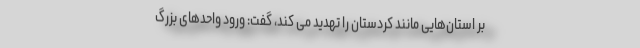
بر استان‌هایی مانند کردستان را تهدید می کند، گفت: ورود واحدهای بزرگ